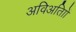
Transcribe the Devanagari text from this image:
अविअतािों